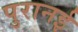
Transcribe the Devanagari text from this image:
पुरानई